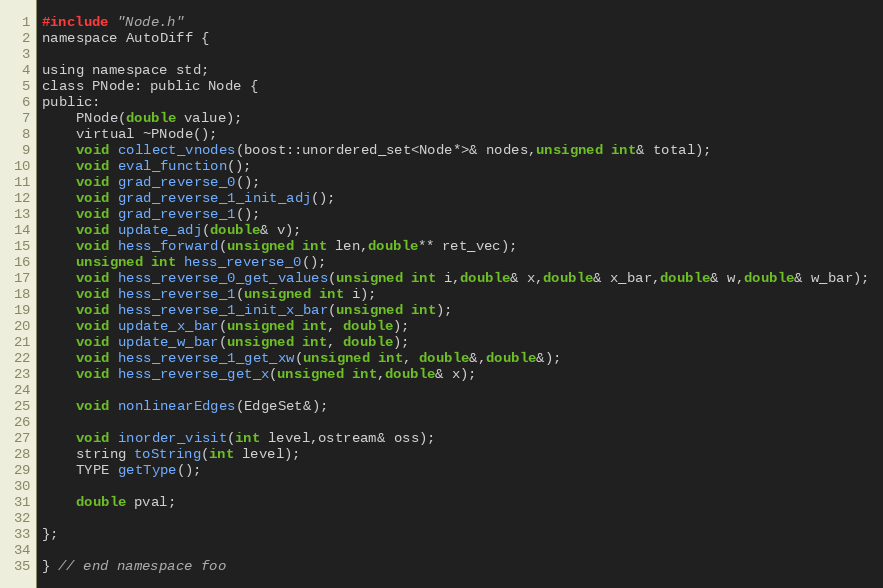
Language: C
#include "Node.h"
namespace AutoDiff {

using namespace std;
class PNode: public Node {
public:
	PNode(double value);
	virtual ~PNode();
	void collect_vnodes(boost::unordered_set<Node*>& nodes,unsigned int& total);
	void eval_function();
	void grad_reverse_0();
	void grad_reverse_1_init_adj();
	void grad_reverse_1();
	void update_adj(double& v);
	void hess_forward(unsigned int len,double** ret_vec);
	unsigned int hess_reverse_0();
	void hess_reverse_0_get_values(unsigned int i,double& x,double& x_bar,double& w,double& w_bar);
	void hess_reverse_1(unsigned int i);
	void hess_reverse_1_init_x_bar(unsigned int);
	void update_x_bar(unsigned int, double);
	void update_w_bar(unsigned int, double);
	void hess_reverse_1_get_xw(unsigned int, double&,double&);
	void hess_reverse_get_x(unsigned int,double& x);

	void nonlinearEdges(EdgeSet&);

	void inorder_visit(int level,ostream& oss);
	string toString(int level);
	TYPE getType();

	double pval;

};

} // end namespace foo